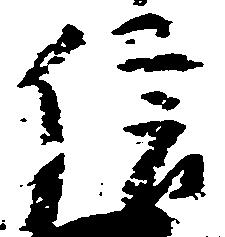
信